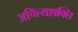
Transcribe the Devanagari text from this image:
अचिंत्यशक्ति